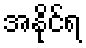
အနိုင်ရ